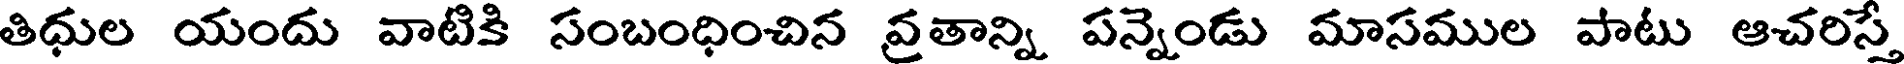
తిధుల యందు వాటికి సంబంధించిన వ్రతాన్ని పన్నెండు మాసముల పాటు ఆచరిస్తే